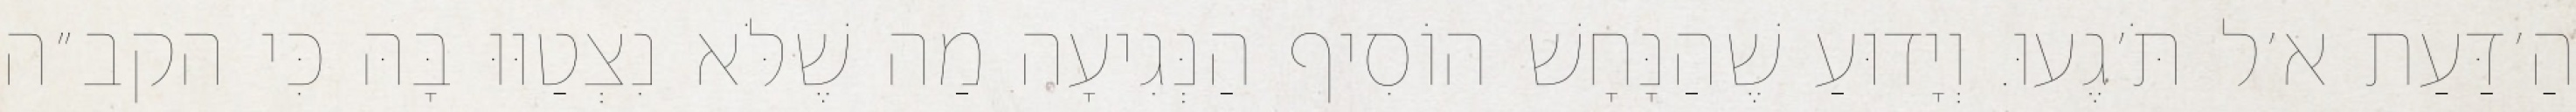
הַ׳דַּעַת א׳ל תֹּ׳גֶעוּ. וְיָדוּעַ שֶׁהַנָּחָשׁ הוֹסִיף הַנְּגִיעָה מַה שֶׁלֹּא נִצְטַוּוּ בָּהּ כִּי הקב״ה